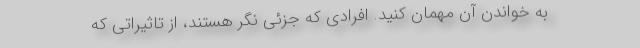
به خواندن آن مهمان کنید. افرادی که جزئی نگر هستند، از تاثیراتی که